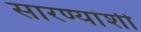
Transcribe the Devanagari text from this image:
सारण्यांशी